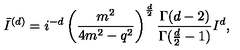
\bar { I } ^ { ( d ) } = i ^ { - d } \left( \frac { m ^ { 2 } } { 4 m ^ { 2 } - q ^ { 2 } } \right) ^ { \frac { d } { 2 } } \frac { \Gamma ( d - 2 ) } { \Gamma ( \frac { d } { 2 } - 1 ) } I ^ { d } ,